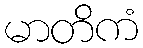
မာတိကံ